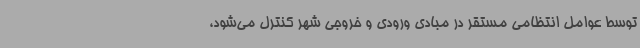
توسط عوامل انتظامی مستقر در مبادی ورودی و خروجی شهر کنترل می‌شود،